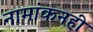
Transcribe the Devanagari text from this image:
नामांकनही